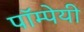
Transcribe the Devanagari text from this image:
पॉम्पेयी